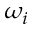
\omega _ { i }